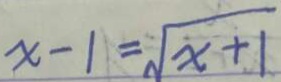
x - 1 = \sqrt { x + 1 }